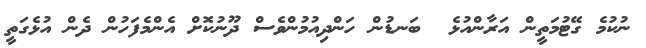
ނުކުމެ ގޭޓުމަތީން އަރާންއުޅެ  ބަނޑުން ހަންދިއުމުންވެސް ދޫނުކޮށް އެންމެފަހުން ދެން އުޅެގަތީ